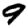
Digit: 9